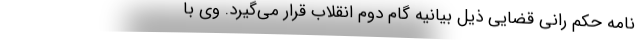
نامه حکم رانی قضایی ذیل بیانیه گام دوم انقلاب قرار می‌گیرد. وی با